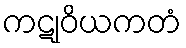
ကဋုဝိယကတံ